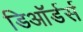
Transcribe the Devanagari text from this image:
डिऑर्डर्स